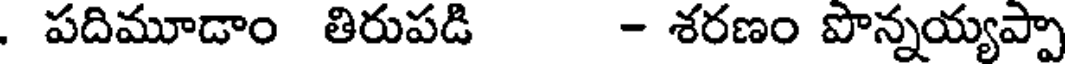
. పదిమూడాం తిరుపడి - శరణం పొన్నయ్యప్పా